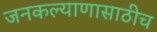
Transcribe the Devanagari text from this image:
जनकल्याणासाठीच